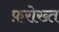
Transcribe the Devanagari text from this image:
फ़रोख्त